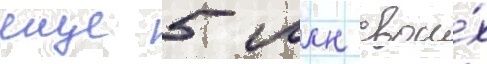
еще 5 млн свои́х